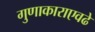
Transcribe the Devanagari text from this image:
गुणाकाराएवढे